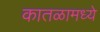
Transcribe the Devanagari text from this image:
कातळामध्ये